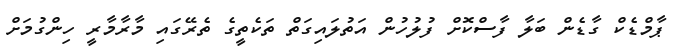
ޕާމްޑެކް ގާޑެން ބަލާ ފާސްކޮށް ފުލުހުން އަތުލައިގަތް ތަކެތީގެ ތެރޭގައި މާރާމާރީ ހިންގުމަށް